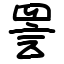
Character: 詈